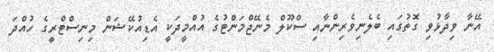
އޭނާ ވިދާޅުވި ގޮތުގައި ބެލެނިވެރިންނާއި ސްކޫލް މެނޭޖްމަންޓުގެ އުއްމީދަކީ އެޑިއުކޭޝަން މިނިސްޓްރީގެ ހުއްދަ